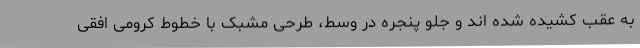
به عقب کشیده شده اند و جلو پنجره در وسط، طرحی مشبک با خطوط کرومی افقی